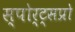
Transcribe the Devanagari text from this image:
स्पोर्ट्‌सप्रो